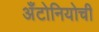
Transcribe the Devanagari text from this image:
अँटोनियोची